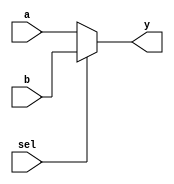
module mux2x1 (a,b,sel,y);
	input [15:0] a,b;
	input sel;
	output reg [15:0] y;
	always@(*) begin
		if(~sel) begin 
			y = a;
		end
		else begin 
			y = b; 
		end
	end
endmodule